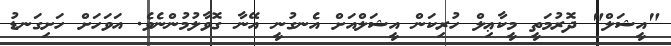
"އީޝަލް" ދޮރުމަތީ މީކާޢިލް ހުރިކަން އީޝަލްއަށް އެނގުނީ އޭނާ ގޮވާލުމުންނެވެ. އަވަހަށް ހަށިގަނޑު